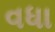
વધા